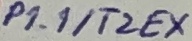
Text: P1.1/T2EX